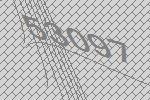
53097